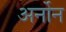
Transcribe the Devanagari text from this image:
अर्नोन